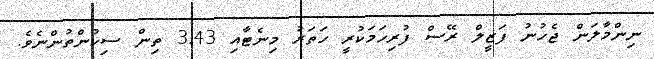
ނިންމާލަން ޖެހުނު ފަޒީލް ރޭސް ފުރިހަމަކުރީ ހަތަރު މިނެޓާއި 3.43 ތިން ސިކުންތުންނެވެ.